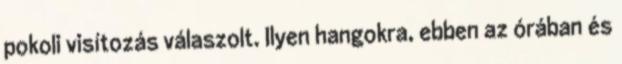
pokoli visítozás válaszolt. Ilyen hangokra, ebben az órában és